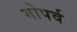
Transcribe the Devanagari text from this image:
गोपर्व